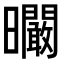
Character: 𣌙